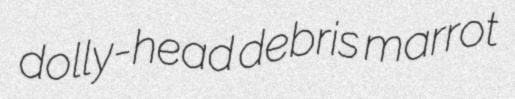
dolly-head debris marrot